Report on the lunatic asylums under the Government of Bombay - 1904-1913
Year: 1904
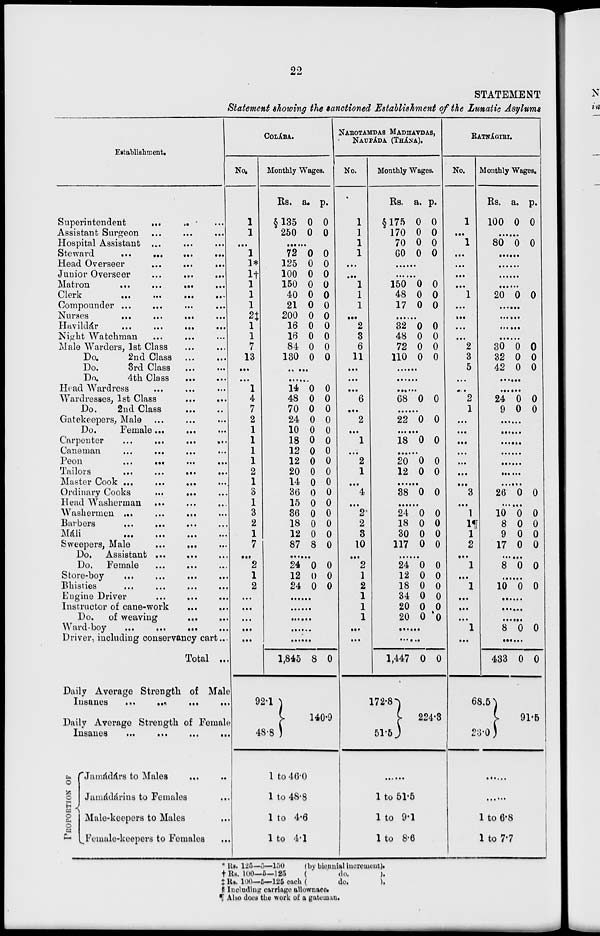
22
STATEMENT
Statement showing the sanctioned Establishment of the Lunatic Asylums
Establishment.
Superintendent ... ... ...
Assistant Surgeon ... ... ...
Hospital Assistant ... ... ...
Steward
...
...
...
...
Head Overseer
...
...
...
Junior Overseer ... ... ...
Matron
...
...
...
...
Clerk
...
...
...
...
Compounder ... ... ... ...
Nurses
...
...
...
...
Havildár ... ... ... ...
Night Watchman ... ... ... ...
Male Warders, 1st Class ... ...
Do.
2nd Class ... ...
Do.
3rd Class ... ...
Do.
4th Class ... ...
Head Wardress ... ... ...
Wardresses, 1st Class
...
...
Do.
2nd Class
...
...
Gatekeepers, Male ... ... ...
Do.
Female ... ... ...
Carpenter
...
...
...
...
Caneman
...
...
...
...
Peon
...
...
...
...
Tailors
...
...
...
...
Master Cook
...
...
...
...
Ordinary Cooks
...
...
...
Head Washerman ... ... ...
Washermen ... ... ... ...
Barbers
...
...
...
...
Máli
...
...
...
...
Sweepers, Male ... ... ...
Do. Assistant ... ... ...
Do. Female ... ... ... ...
Store-boy
...
...
...
...
...
Bhisties ... ... ... ... ...
Engine Driver
...
...
...
Instructor of cane-work
...
...
Do.
of weaving
...
...
Ward-boy
...
...
...
...
Driver, including conservancy cart ...
Total ...
Daily Average Strength of Male
Insanes
...
...
...
...
Daily Average Strength of Female
Insanes ... ... ... ...
FROPORTION OF
Jamádárs to Males
...
...
Jamádárins to Females ...
Mule-keepers to Males ...
Female-keepers to Females ...
COLÁBA.
No.
1
1
...
1
1*
1†
1
1
1
2‡
1
1
7
13
...
...
1
4
7
2
1
1
1
1
2
1
3
1
3
2
1
7
...
2
1
2
...
...
...
...
...
Monthly Wages.
Rs.
§135
250
a.
0
0
p.
0
0
......
72
125
100
150
40
21
200
16
16
84
180
0
0
0
0
0
0
0
0
0
0
0
0
0
0
0
0
0
0
0
0
0
0
.....
......
14
48
70
24
10
18
12
12
20
14
36
15
36
18
12
87
0
0
0
0
0
0
0
0
0
0
0
0
0
0
0
8
0
0
0
0
0
0
0
0
0
0
0
0
0
0
0
0
......
24
12
24
0
0
0
0
0
0
......
......
......
......
......
1,845
92.1
48.8
8 0
140.9
1 to 46.0
1 to 48.8
1 to 4.6
1 to 4.1
NAROTAMDAS MADHAVDAS,
NAUPÁDA (THÁNA).
No.
1
1
1
1
...
...
1
1
1
...
2
3
6
11
...
...
...
6
...
2
...
1
...
2
1
...
4
...
2
2
3
10
...
2
1
2
1
1
1
...
...
Monthly Wages.
Rs.
§175
170
70
60
a.
0
0
0
0
p.
0
0
0
0
......
......
150
48
17
0
0
0
0
0
0
......
32
48
72
110
0
0
0
0
0
0
0
0
......
......
......
68 0 0
......
22 0 0
......
18 0 0
......
20
12
0
0
0
0
......
38 0 0
......
24
18
30
117
0
0
0
0
0
0
0
0
......
24
12
18
34
20
20
0
0
0
0
0
0
0
0
0
0
0
0
......
......
1,447
172.8
51.5
0 0
224.3
......
1 to 51.5
1 to 9.1
1 to 8.6
RATNÁGIRI.
No.
1
...
1
...
...
...
...
1
...
...
...
...
2
3
5
...
...
2
1
...
...
...
...
...
...
...
3
...
1
1¶
1
2
...
1
...
1
...
...
...
1
...
Monthly Wages.
Rs.
100
a.
0
p.
0
......
80 0 0
......
......
......
......
20 0 0
......
......
......
......
30
32
42
0
0
0
0
0
0
......
......
24
9
0
0
0
0
......
......
......
......
......
......
......
26 0 0
......
10
8
9
17
0
0
0
0
0
0
0
0
......
8 0 0
......
10 0 0
......
......
......
8 0 0
......
433
68.5
23.0
0 0
91.5
......
......
1 to 6.8
1 to 7.7
* Rs. 125—5—150
(by biennial increment).
† Rs. 100—6—125
(
do.
).
‡ Rs. 100—5—125 each (
do.
).
§ Including carriage allownace.
¶ Also does the work of a gateman.